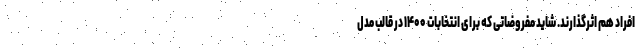
افراد هم اثرگذارند. شاید مفروضاتی که برای انتخابات ۱۴۰۰ در قالب مدل